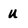
Character: u